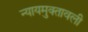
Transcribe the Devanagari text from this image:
न्यायमुक्तावली